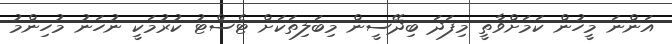
އަންނަ މީހުން ކަމަށްވާތީ މިފަދަ ބިދޭސީން މިބަލިތަކަށް ޓެސްޓު ކުރުމަކީ ނުހަނު މުހިންމު